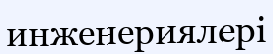
инженериялері